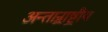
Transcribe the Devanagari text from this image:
अन्तान्र्राष्ट्रीय